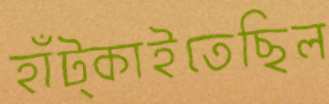
হাঁট্‌কাইতেছিল